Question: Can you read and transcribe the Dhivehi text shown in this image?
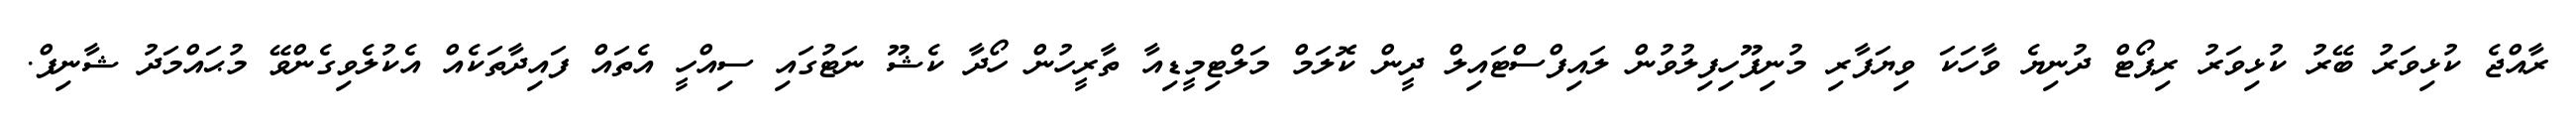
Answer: ރާއްޖެ ކުޅިވަރު ބޭރު ކުޅިވަރު ރިޕޯޓް ދުނިޔެ ވާހަކަ ވިޔަފާރި މުނިފޫހިފިލުވުން ލައިފްސްޓައިލް ދީން ކޮލަމް މަލްޓިމީޑިއާ ތާރީހުން ހޯދާ ކެޝޫ ނަޓުގައި ސިއްހީ އެތައް ފައިދާތަކެއް އެކުލެވިގެންވޭ މުޙައްމަދު ޝާނިފް.